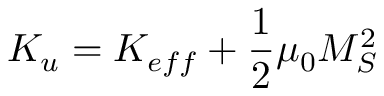
K _ { u } = K _ { e f f } + \frac { 1 } { 2 } \mu _ { 0 } M _ { S } ^ { 2 }